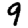
Digit: 9